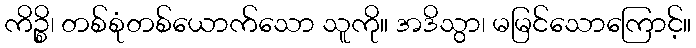
ကိဉ္စိ၊ တစ်စုံတစ်ယောက်သော သူကို။ အဒိသွာ၊ မမြင်သောကြောင့်။